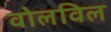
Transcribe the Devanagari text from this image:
वोलविल